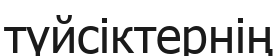
түйсіктернің